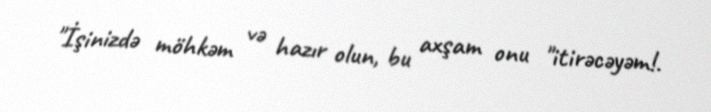
"İşinizdə möhkəm və hazır olun, bu axşam onu "itirəcəyəm!.